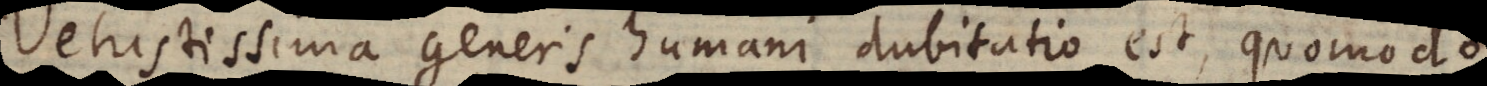
etustissima generis humani dubitatio est, quomodo